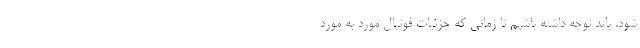
شود. باید توجه داشته باشیم تا زمانی که جزئیات فوتبال مورد به مورد